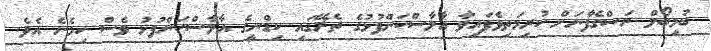
ބުމިބޯލް ރަސްގެފާނަށް ކުރިމަތިވެފައިވާ އާލާސްކަންފުޅުގެ ތެރޭގައި ކިޑްނީގެ އާލާސްކަންފުޅު ވެސް ހިމެނެ އެވެ.